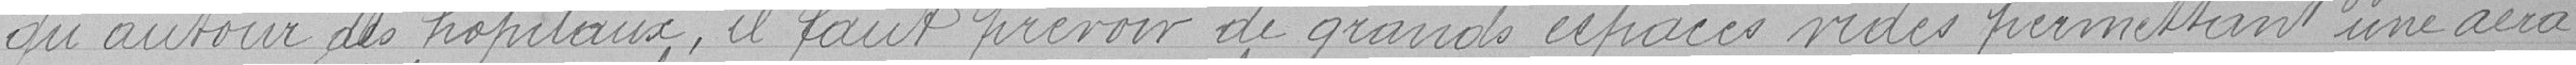
qu'autour des hôpitaux, il faut prévoir de grands espaces vides permettant une aéra-